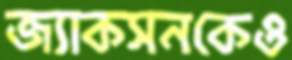
জ্যাকসনকেও